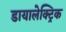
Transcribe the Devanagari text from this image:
डायालेक्ट्रिक